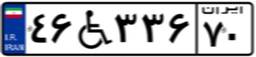
۳۴W۵۷۲۸۳